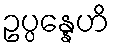
ဥပ္ပန္နေဟိ